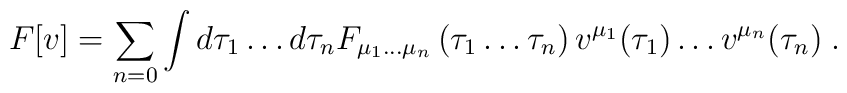
F[v]=\sum_{n=0}\int d\tau_{1} \ldots d\tau_{n}F_{\mu_{1} \ldots \mu_{n}}\left(\tau_{1} \ldots \tau_{n}\right)v^{\mu_{1}}(\tau_{1})\ldots v^{\mu_{n}}(\tau_{n})\;.